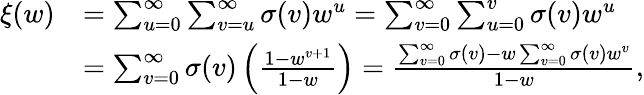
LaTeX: \begin{array}{rl}{\xi(w)}&{=\sum_{u=0}^{\infty}\sum_{v=u}^{\infty}\sigma(v)w^{u}=\sum_{v=0}^{\infty}\sum_{u=0}^{v}\sigma(v)w^{u}}\\ &{=\sum_{v=0}^{\infty}\sigma(v)\left(\frac{1-w^{v+1}}{1-w}\right)=\frac{\sum_{v=0}^{\infty}\sigma(v)-w\sum_{v=0}^{\infty}\sigma(v)w^{v}}{1-w},}\end{array}